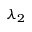
\lambda _ { 2 }